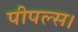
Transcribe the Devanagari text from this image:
पीपल्स।